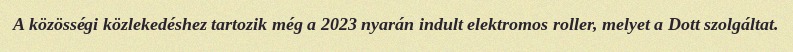
A közösségi közlekedéshez tartozik még a 2023 nyarán indult elektromos roller, melyet a Dott szolgáltat.